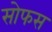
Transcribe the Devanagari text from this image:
सोफस